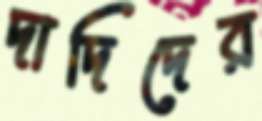
দাদিদের